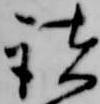
諸